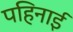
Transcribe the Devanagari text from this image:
पहिनाई